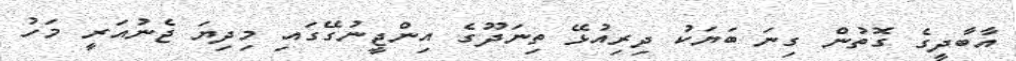
އާބާދީގެ ގޮތުން ގިނަ ބަޔަކު ދިރިއުޅޭ ތިނަދޫގެ އިންޖީނުގޭގައި މިދިޔަ ޖެނުއަރީ މަހު